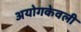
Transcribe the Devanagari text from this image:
अयोगकेवली